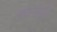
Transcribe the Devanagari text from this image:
कानेंगी